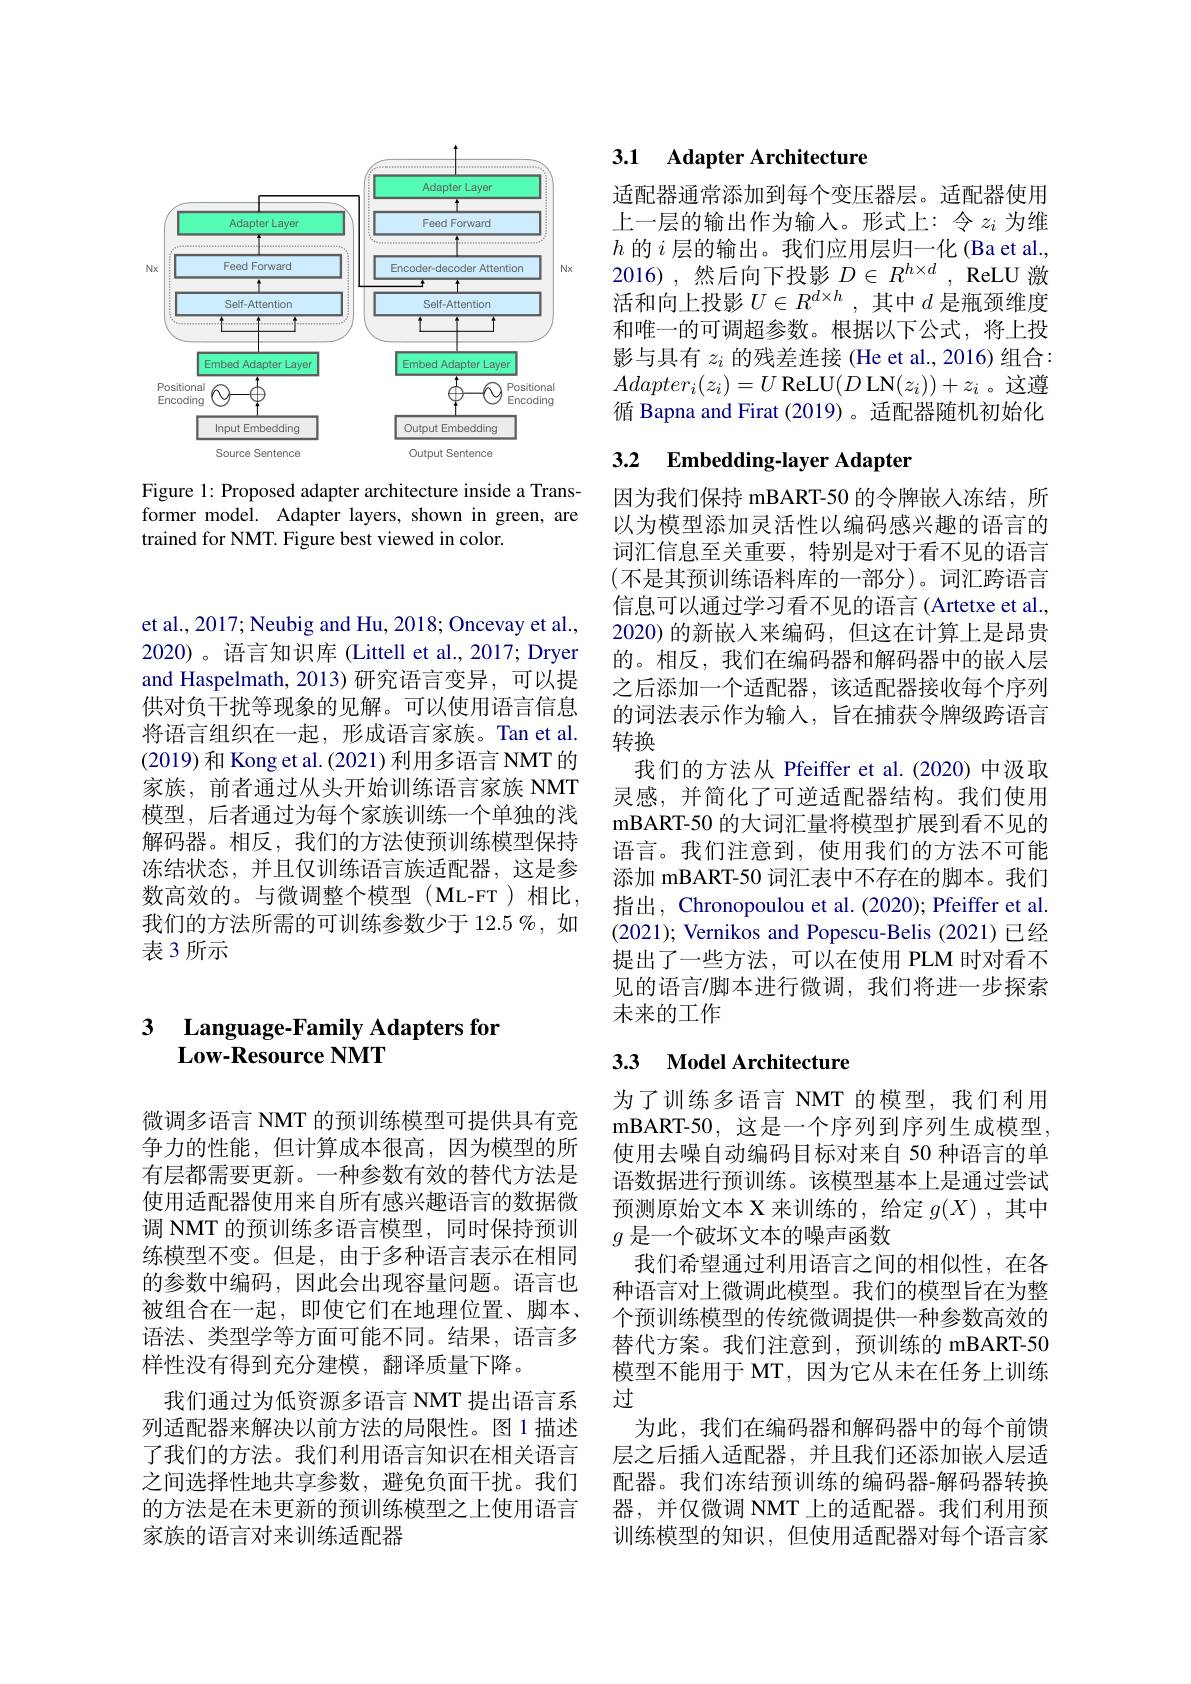
<FigureHere>

Figure 1: Proposed adapter architecture inside a Transformer model. Adapter layers, shown in green, are trained for NMT. Figure best viewed in color.

et al., 2017; Neubig and Hu, 2018; Oncevay et al., 2020)。语言知识库 (Littell et al., 2017; Dryer and Haspelmath, 2013)研究语言变异，可以提供对负干扰等现象的见解。可以使用语言信息将语言组织在一起，形成语言家族。Tan et al. (2019)和 Kong et al.(2021) 利用多语言 NMT 的家族，前者通过从头开始训练语言家族 NMT 模型，后者通过为每个家族训练一个单独的浅解码器。相反，我们的方法使预训练模型保持冻结状态，并且仅训练语言族适配器，这是参数高效的。与微调整个模型(ML-FT)相比， 我们的方法所需的可训练参数少于 12.5 %, 如表 3 所示

### 3 Language-Familv Adapters fon $\mathbf{Low-ResourceNMT}$

微调多语言 NMT 的预训练模型可提供具有竞争力的性能，但计算成本很高，因为模型的所有层都需要更新。一种参数有效的替代方法是使用适配器使用来自所有感兴趣语言的数据微调 NMT 的预训练多语言模型，同时保持预训练模型不变。但是，由于多种语言表示在相同的参数中编码，因此会出现容量问题。语言也被组合在一起，即使它们在地理位置、脚本、 语法、类型学等方面可能不同。结果，语言多样性没有得到充分建模，翻译质量下降。
我们通过为低资源多语言 NMT 提出语言系列适配器来解决以前方法的局限性。图 1 描述了我们的方法。我们利用语言知识在相关语言之间选择性地共享参数，避免负面干扰。我们的方法是在未更新的预训练模型之上使用语言家族的语言对来训练适配器

## 3.1 Adapter Architecture

适配器通常添加到每个变压器层。适配器使用上一层的输出作为输入。形式上：令$z_i$为维$h$的$i$层的输出。我们应用层归一化 (Ba et al., 2016),然后向下投影$D\in R^h\times d$,ReLU 激活和向上投影$U\in R^{d\times h}$,其中$d$是瓶颈维度和唯一的可调超参数。根据以下公式，将上投影与具有$z_i$的残差连接 (He et al., 2016) 组合： $Adapter_{i}(z_{i})=U$ ReLU$(D$ LN$(z_{i}))+z_{i}$ 。这遵循 Bapna and Firat (2019)。适配器随机初始化

# 3.2 Embedding-layer Adapter

因为我们保持 mBART-50 的令牌嵌人冻结，所以为模型添加灵活性以编码感兴趣的语言的词汇信息至关重要，特别是对于看不见的语言(不是其预训练语料库的一部分)。词汇跨语言信息可以通过学习看不见的语言 (Artetxe et al., 2020)的新嵌入来编码，但这在计算上是昂贵的。相反，我们在编码器和解码器中的嵌入层之后添加一个适配器，该适配器接收每个序列的词法表示作为输入，旨在捕获令牌级跨语言转换
我们的方法从 Pfeiffer et al.(2020)中汲取灵感，并简化了可逆适配器结构。我们使用mBART-50 的大词汇量将模型扩展到看不见的语言。我们注意到，使用我们的方法不可能添加 mBART-50 词汇表中不存在的脚本。我们指出，Chronopoulou et al. (2020); Pfeiffer et al. (2021); Vernikos and Popescu-Belis (2021)已经提出了一些方法，可以在使用 PLM 时对看不见的语言$\prime$脚本进行微调，我们将进一步探索未来的工作

# 3.3 Model Architecture

为了训练多语言 NMT 的模型，我们利用mBART- 50, 这 是 一 个 序 列 到 序 列 生 成 模 型 使用去噪自动编码目标对来自 50 种语言的单语数据进行预训练。该模型基本上是通过尝试预测原始文本 X 来训练的，给定$g(X)$ ,其中$g$是一个破坏文本的噪声函数
我们希望通过利用语言之间的相似性，在各种语言对上微调此模型。我们的模型旨在为整个预训练模型的传统微调提供一种参数高效的替代方案。我们注意到，预训练的 mBART-50模型不能用于 MT,因为它从未在任务上训练过
为此，我们在编码器和解码器中的每个前馈层之后插入适配器，并且我们还添加嵌人层适配器。我们冻结预训练的编码器-解码器转换器，并仅微调 NMT 上的适配器。我们利用预训练模型的知识，但使用适配器对每个语言家